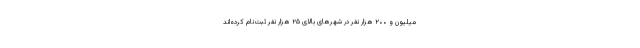
میلیون و ۲۰۰ هزار نفر در شهرهای بالای ۲۵ هزار نفر ثبت‌نام کرده‌اند